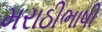
મરાઠીભાષી